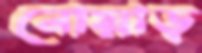
নোয়াড়